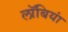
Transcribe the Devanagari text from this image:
लॉबियां